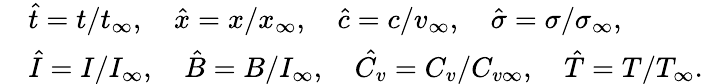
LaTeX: \begin{array}{rl}&{\hat{t}=t/t_{\infty},\quad\hat{x}=x/x_{\infty},\quad\hat{c}=c/v_{\infty},\quad\hat{\sigma}=\sigma/\sigma_{\infty},}\\ &{\hat{I}=I/I_{\infty},\quad\hat{B}=B/I_{\infty},\quad\hat{C_{v}}=C_{v}/C_{v\infty},\quad\hat{T}=T/T_{\infty}.}\end{array}